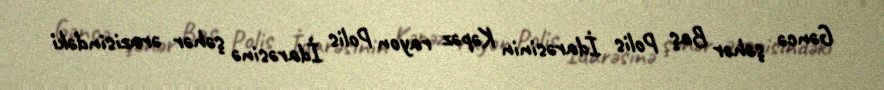
Gəncə şəhər Baş Polis İdarəsinin Kəpəz rayon Polis İdarəsinə şəhər ərazisindəki